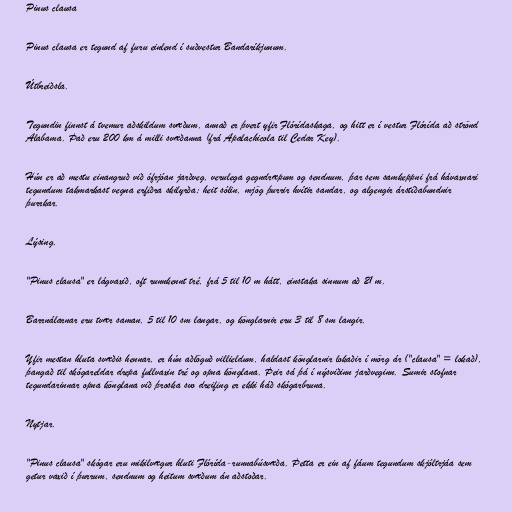
Pinus clausa

Pinus clausa er tegund af furu einlend í suðvestur Bandaríkjunum.

Útbreiðsla.

Tegundin finnst á tvemur aðskildum svæðum, annað er þvert yfir Flórídaskaga, og hitt er í vestur Flórída að strönd
Alabama. Það eru 200 km á milli svæðanna (frá Apalachicola til Cedar Key).

Hún er að mestu einangruð við ófrjóan jarðveg, verulega gegndræpum og sendnum, þar sem samkeppni frá hávaxnari
tegundum takmarkast vegna erfiðra skilyrða; heit sólin, mjög þurrir hvítir sandar, og algengir árstíðabundnir
þurrkar.

Lýsing.

"Pinus clausa" er lágvaxið, oft runnkennt tré, frá 5 til 10 m hátt, einstaka sinnum að 21 m.

Barrnálarnar eru tvær saman, 5 til 10 sm langar, og könglarnir eru 3 til 8 sm langir.

Yfir mestan hluta svæðis hennar, er hún aðlöguð villieldum, haldast könglarnir lokaðir í mörg ár ("clausa" = lokað),
þangað til skógareldar drepa fullvaxin tré og opna könglana. Þeir sá þá í nýsviðinn jarðveginn. Sumir stofnar
tegundarinnar opna könglana við þroska svo dreifing er ekki háð skógarbruna.

Nytjar.

"Pinus clausa" skógar eru mikilvægur hluti Flórída-runnabúsvæða. Þetta er ein af fáum tegundum skjóltrjáa sem
getur vaxið í þurrum, sendnum og heitum svæðum án aðstoðar.